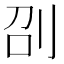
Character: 刟